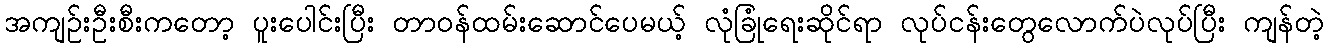
အကျဉ်းဦးစီးကတော့ ပူးပေါင်းပြီး တာဝန်ထမ်းဆောင်ပေမယ့် လုံခြုံရေးဆိုင်ရာ လုပ်ငန်းတွေလောက်ပဲလုပ်ပြီး ကျန်တဲ့